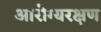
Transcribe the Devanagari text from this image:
आरोग्यरक्षण